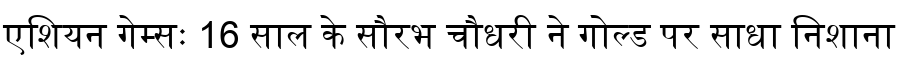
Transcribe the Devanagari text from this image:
एशियन गेम्सः 16 साल के सौरभ चौधरी ने गोल्ड पर साधा निशाना